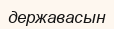
державасын